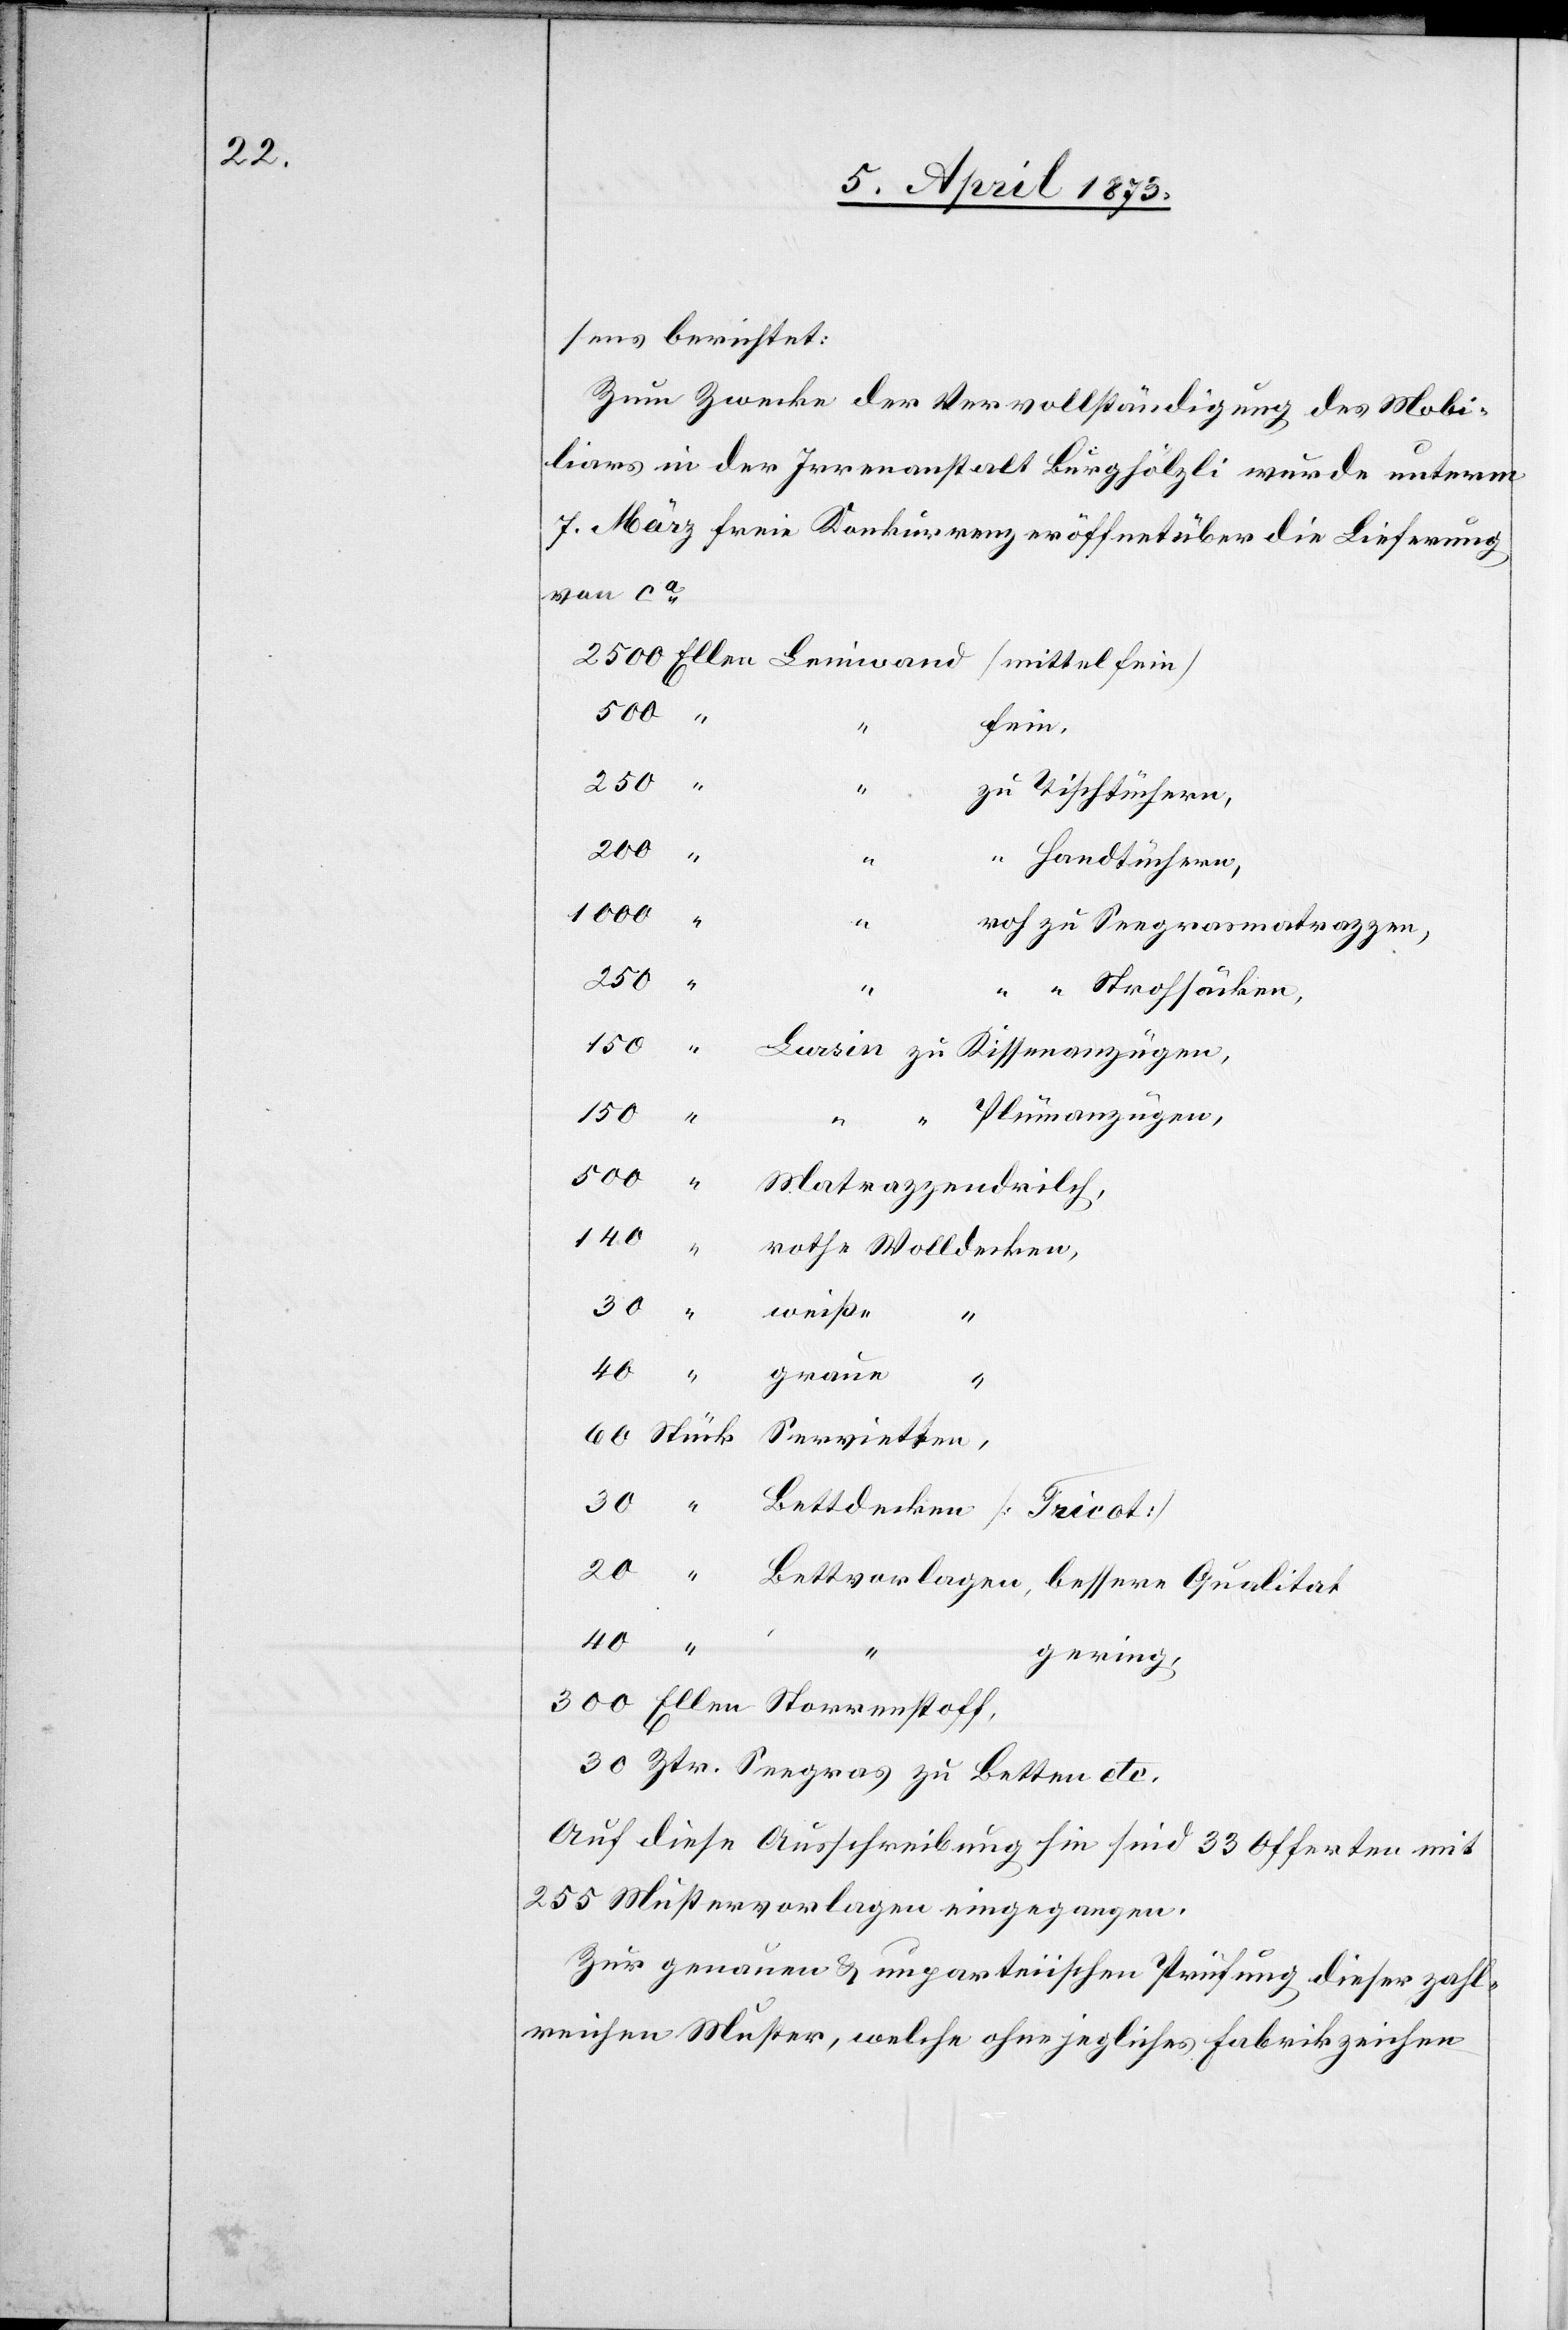
sens berichtet:
Zum Zwecke der Vervollständigung des Mobi¬
liars in der Irrenanstalt Burghölzli wurde unterm
7. März freie Konkurrenz eröffnet über die Lieferung
von ca
[mittelfein]
500
fein.
250
zu Tischtüchern,
300
“
“ Handtüchern,
1000
Se¬
roh zu Seegrasmatrazzen,
250
“ “ Strohsäcken,
20
Plümanzügen,
egras zu Betten etc.
40
gering,
Auf diese Ausschreibung hin sind 33 Offerten mit
255 Mustervorlagen eingegangen.
Zur genauen u. unparteiischen Prüfung dieser zahl¬
reichen Muster, welche ohne jegliches Fabrikzeichen